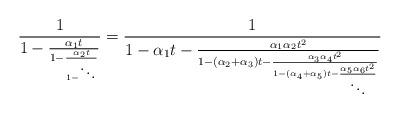
LaTeX: \begin{align*}\frac{1}{1-\frac{\alpha_{1}t}{1-\frac{\alpha_{2}t}{1-\ddots}}}=\frac{1}{1-\alpha_{1}t-\frac{\alpha_{1}\alpha_{2}t^{2}}{1-(\alpha_{2}+\alpha_{3})t-\frac{\alpha_{3}\alpha_{4}t^{2}}{1-(\alpha_{4}+\alpha_{5})t-\frac{\alpha_{5}\alpha_{6}t^{2}}{\ddots}}}}\end{align*}